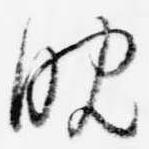
晩